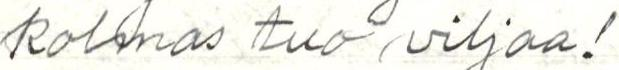
kolmas tuo viljaa!